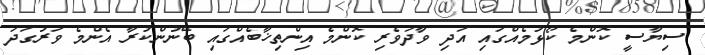
ސިޔާސީ ކޮންމެ ކޯޅުމެއްގައި އަދި ވާދަވެރި ކޮންމެ އިންތިޚާބެއްގައި ބޭނުންކުރާ އެންމެ ވަރުގަދަ